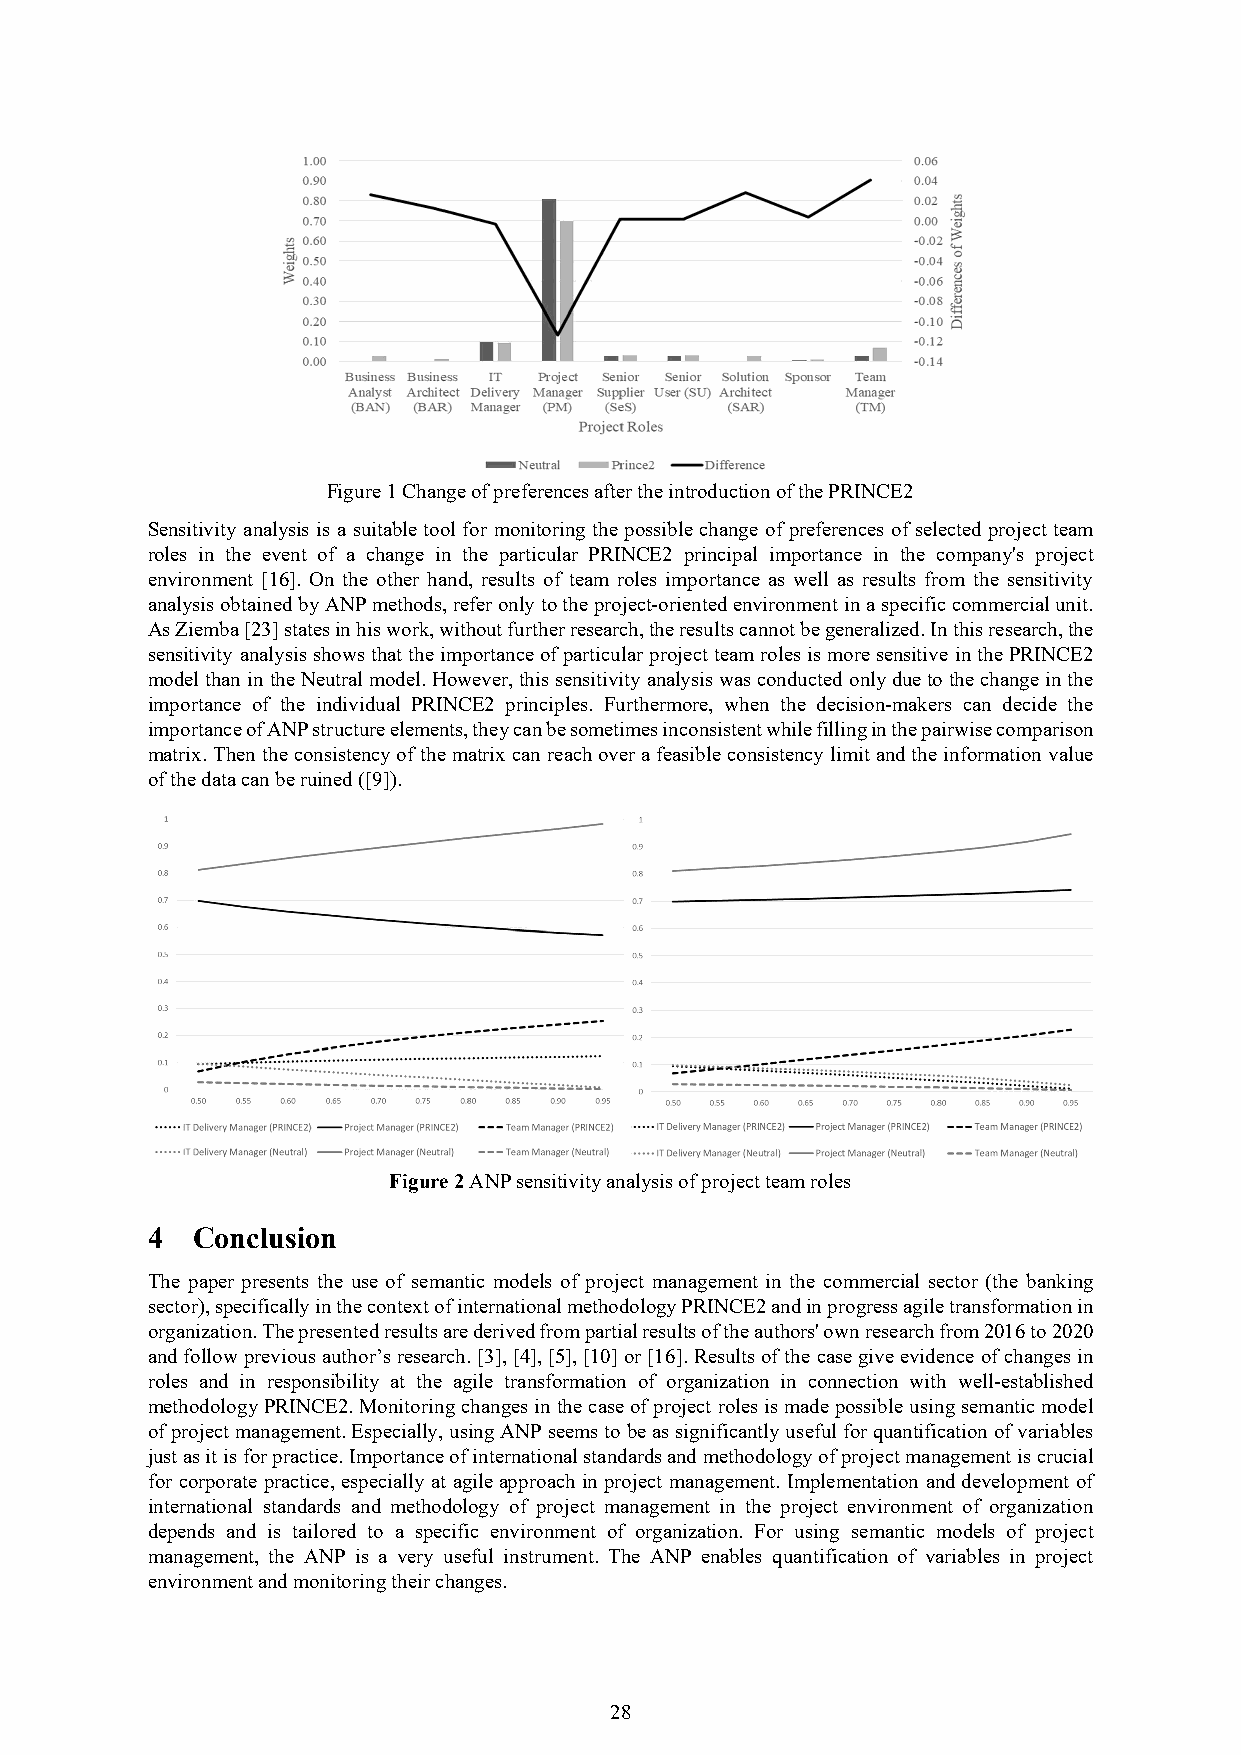
Figure 1 Change of preferences after the introduction of the PRINCE2
 Sensitivity analysis is a suitable tool for monitoring the possible change of preferences of selected project team
 roles in the event of a change in the particular PRINCE2 principal importance in the company's project
 environment [16]. On the other hand, results of team roles importance as well as results from the sensitivity
 analysis obtained by ANP methods, refer only to the project-oriented environment in a specific commercial unit.
 As Ziemba [23] states in his work, without further research, the results cannot be generalized. In this research, the
 sensitivity analysis shows that the importance of particular project team roles is more sensitive in the PRINCE2
 model than in the Neutral model. However, this sensitivity analysis was conducted only due to the change in the
 importance of the individual PRINCE2 principles. Furthermore, when the decision-makers can decide the
 importance of ANP structure elements, they can be sometimes inconsistent while filling in the pairwise comparison
 matrix. Then the consistency of the matrix can reach over a feasible consistency limit and the information value
 of the data can be ruined ([9]).
 Figure 2 ANP sensitivity analysis of project team roles
 4  Conclusion
 The paper presents the use of semantic models of project management in the commercial sector (the banking
 sector), specifically in the context of international methodology PRINCE2 and in progress agile transformation in
 organization. The presented results are derived from partial results of the authors' own research from 2016 to 2020
 and follow previous author’s research. [3], [4], [5], [10] or [16]. Results of the case give evidence of changes in
 roles and in responsibility at the agile transformation of organization in connection with well-established
 methodology PRINCE2. Monitoring changes in the case of project roles is made possible using semantic model
 of project management. Especially, using ANP seems to be as significantly useful for quantification of variables
 just as it is for practice. Importance of international standards and methodology of project management is crucial
 for corporate practice, especially at agile approach in project management. Implementation and development of
 international standards and methodology of project management in the project environment of organization
 depends and is tailored to a specific environment of organization. For using semantic models of project
 management, the ANP is a very useful instrument. The ANP enables quantification of variables in project
 environment and monitoring their changes.
 28